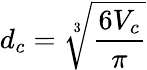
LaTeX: d_{c}=\sqrt[3]{\frac{6V_{c}}{\pi}}